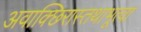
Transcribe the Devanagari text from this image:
अवाक्छिरास्तथाभूत्वा